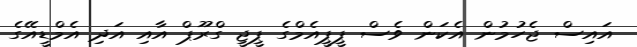
އައިސް ޖެހުމުން އެކަން ވެސް ޕީޕީއެމްގެ ޕީޖީ ގްރޫޕް އާއި އަދި އެމްޑީއޭގެ